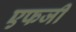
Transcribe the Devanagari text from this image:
एफजी